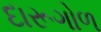
દારૂગોળ